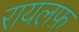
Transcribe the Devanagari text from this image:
रायलफ़